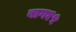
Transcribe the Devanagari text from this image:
बाग१५